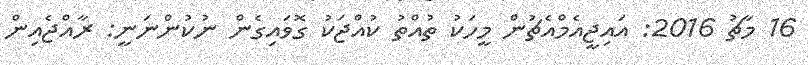
16 މާޗު 2016: އައިޖީއެމްއެޗުން މީހަކު ތުއްތު ކުއްޖަކު ގޮވައިގެން ނުކުންނަނީ: ރާއްޖެއިން